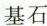
基石